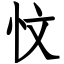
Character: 忟